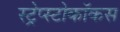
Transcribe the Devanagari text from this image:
स्ट्रेप्स्टोकॉकस